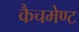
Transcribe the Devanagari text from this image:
कैचमेण्ट